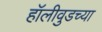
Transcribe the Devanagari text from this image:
हॉलीवुडच्या